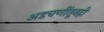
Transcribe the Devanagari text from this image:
अडचणींतूनही